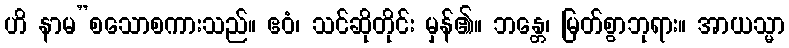
ဟိ နာမ”စသောစကားသည်။ ဧဝံ၊ သင်ဆိုတိုင်း မှန်၏။ ဘန္တေ၊ မြတ်စွာဘုရား။ အာယသ္မာ